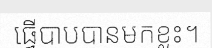
ធ្វើបាបបានមកខ្លះ។